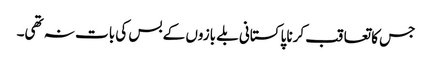
جس کا تعاقب کرنا پاکستانی بلے بازوں کے بس کی بات نہ تھی۔